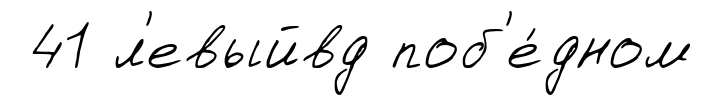
41 л'евыйвд поб'е́дном